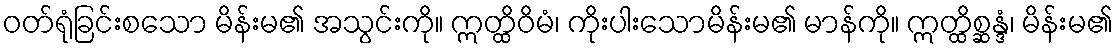
ဝတ်ရုံခြင်းစသော မိန်းမ၏ အသွင်းကို။ ဣတ္ထိဝိမံ၊ ကိုးပါးသောမိန်းမ၏ မာန်ကို။ ဣတ္ထိစ္ဆန္ဒံ၊ မိန်းမ၏